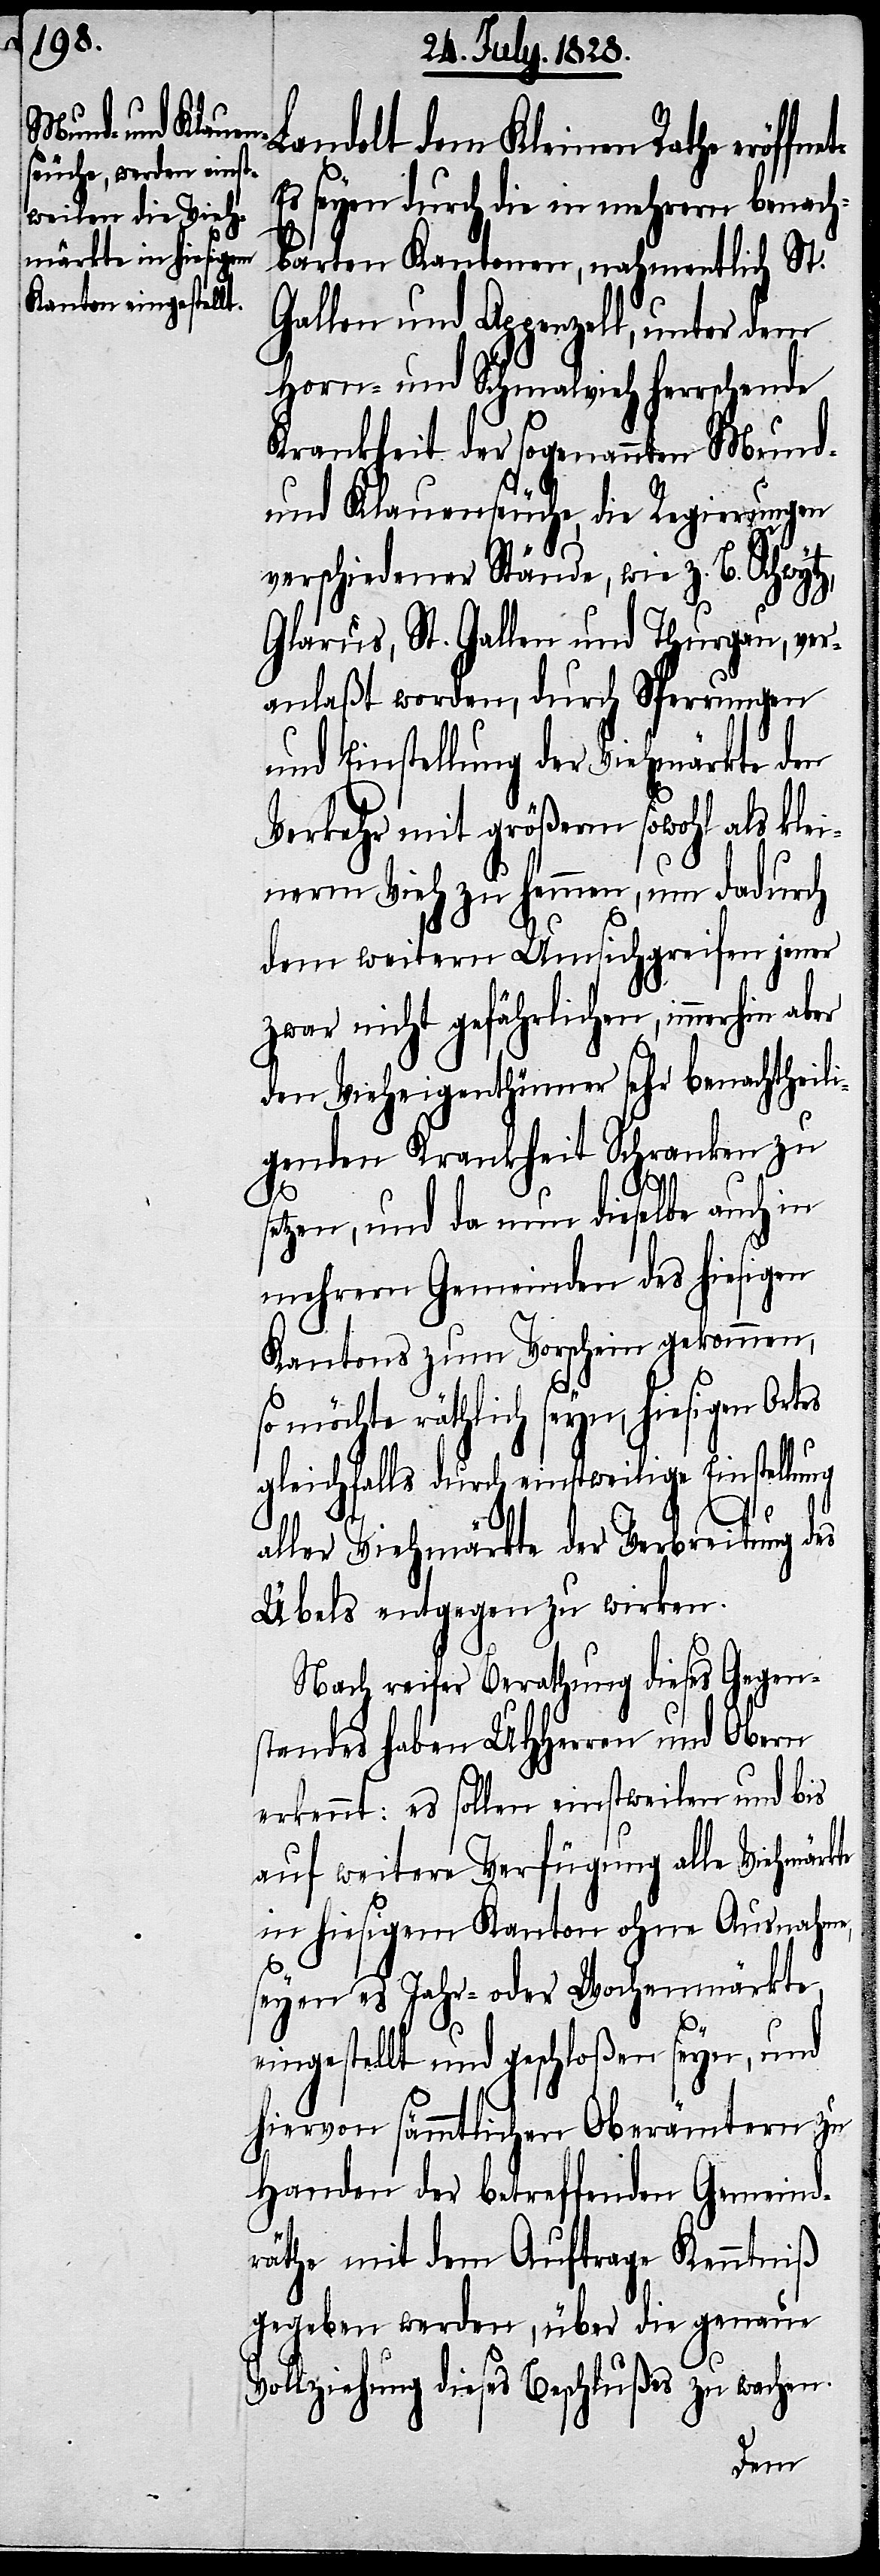
Landolt dem Kleinen Rathe eröffn¬
Es seyen durch die in mehrern benach¬
barten Kantonen, nahmentlich St.
Gallen und Appenzell, unter dem
Horn- und Schmalvieh herrschende
Krankheit der sogenannten Mund-
und Klauenseuche, die Regierungen
verschiedener Stände, wie z. B. Schwyt¬
Glarus, St. Gallen und Thurgau, ver¬
anlaßt worden, durch Sperrungen
und Einstellung der Viehmärkte den
Verkehr mit größerm sowohl als kle¬
inerm Vieh zu hemmen, um dadurch
dem weitern Umsichgreifen jener
zwar nicht gefährlichen, immerhin
den Vieheigenthümer sehr benachtheil¬
igenden Krankheit Schranken zu
setzen, und da nun dieselbe auch in
mehrern Gemeinde des hiesigen
Kantons zum Vorschein gekommen,
so möchte räthlich seyn, hiesigen Ort¬
gleichfalls durch einstweilige Einstellung
et:
es
aller Viehmärkte der Verbreitung des
Übels entgegen zu wirken.
Nach reifer Berathung dieses Gegen¬
standes haben UHHerren und Obern
erkennt: es sollen einstweilen und bis
auf weitere Verfügung alle Viehmärkte
in hiesigem Kanton ohne Ausnahme,
seyen es Jahr- oder Wochenmärkte,
eingestellt und geschloßen seyn, und
hiervon sämmtlichen Oberämtern zu
Handen der betreffenden Gemeind¬
räthe mit dem Auftrage Kenntniß
gegeben werden, über die genaue
Vollziehung dieses Beschlußes zu wachen.